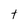
Character: t